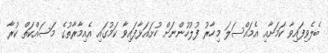
ބެލެވިފައިވާ ކަމަށާއި އެމައްސަލަ މިހާރު ފުލުހުންނަށް ހުށައަޅާފައިވާ ކަމުގައި އެއިމާރާތުގެ މަސައްކަތް ކުރާ